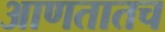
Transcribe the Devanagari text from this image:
आणतातच